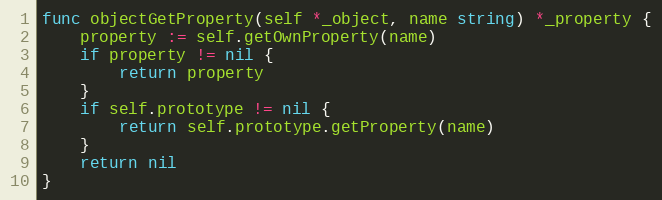
Language: Go
func objectGetProperty(self *_object, name string) *_property {
	property := self.getOwnProperty(name)
	if property != nil {
		return property
	}
	if self.prototype != nil {
		return self.prototype.getProperty(name)
	}
	return nil
}